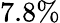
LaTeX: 7.8\%